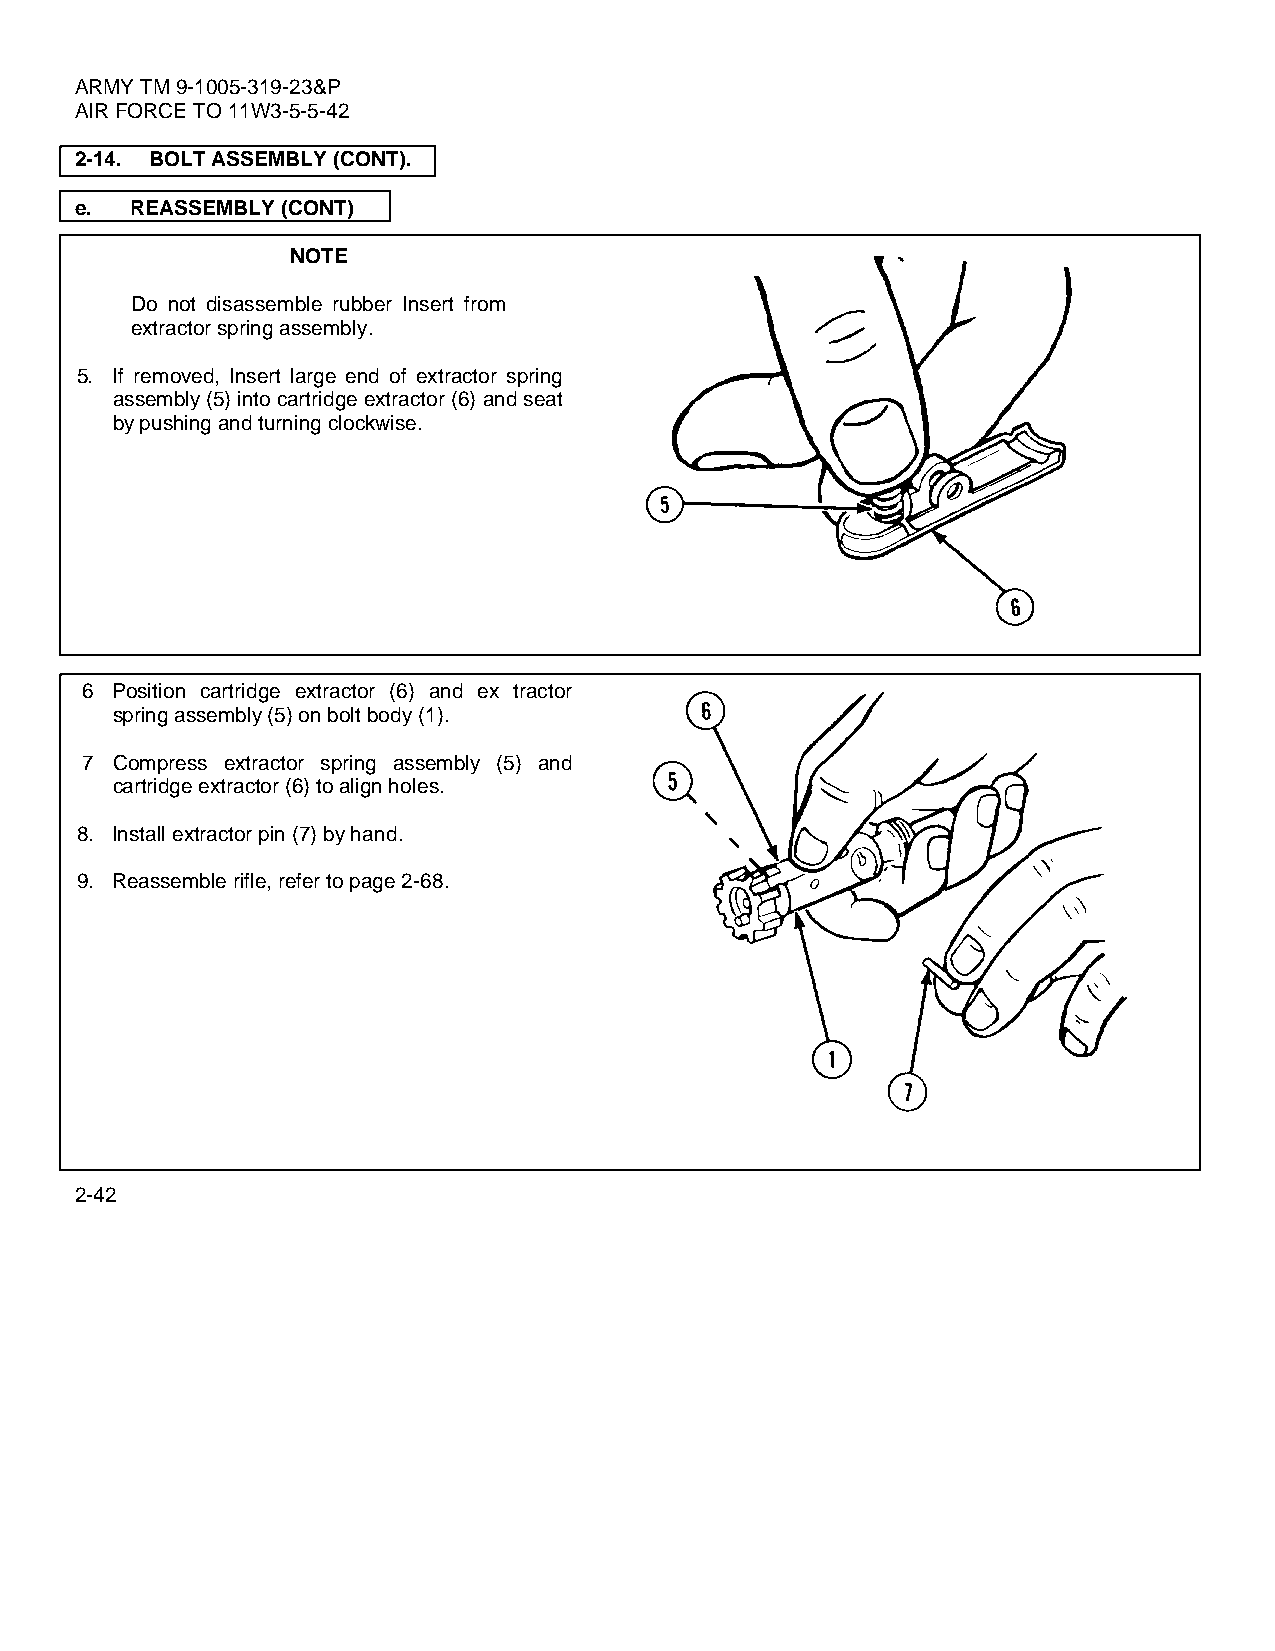
ARMY TM 9-1005-319-23&P
 AIR FORCE TO 11W3-5-5-42
 2-14. BOLT ASSEMBLY (CONT).
 e.  REASSEMBLY (CONT)
 NOTE
 Do not disassemble rubber Insert from
 extractor spring assembly.
 5. If removed, Insert large end of extractor spring
 assembly (5) into cartridge extractor (6) and seat
 by pushing and turning clockwise.
 6 Position cartridge extractor (6) and ex tractor
 spring assembly (5) on bolt body (1).
 7 Compress extractor spring assembly (5) and
 cartridge extractor (6) to align holes.
 8. Install extractor pin (7) by hand.
 9. Reassemble rifle, refer to page 2-68.
 2-42